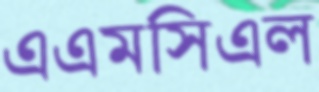
এএমসিএল